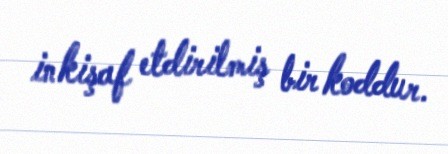
inkişaf etdirilmiş bir koddur.